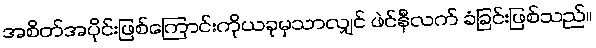
အစိတ်အပိုင်းဖြစ်ကြောင်းကိုယခုမှသာလျှင် ဖဲင်နီလက် ခံခြင်းဖြစ်သည်။